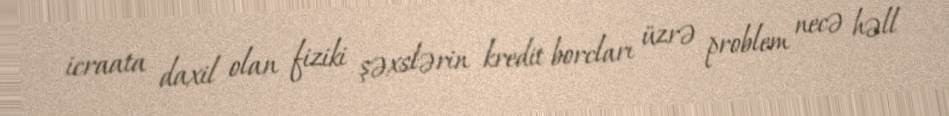
icraata daxil olan fiziki şəxslərin kredit borcları üzrə problem necə həll